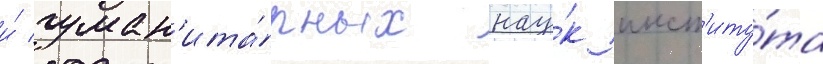
и́ гуман'ита́рных нау́к инст'иту́та